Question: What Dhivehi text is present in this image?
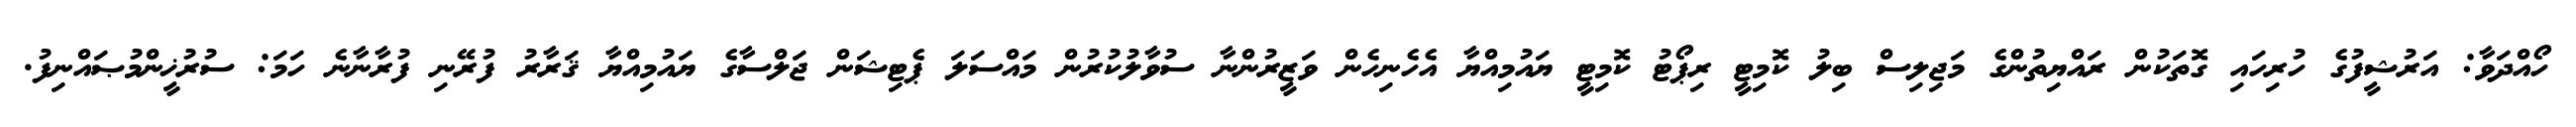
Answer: ހޯއްދަވާ: އަރުޝީފުގެ ހުރިހައި ގޮތަކުން ރައްޔިތުންގެ މަޖިލިސް ބިލު ކޮމިޓީ ރިޕޯޓު ކޮމިޓީ ޔައުމިއްޔާ އެހެނިހެން ވަޒީރުންނާ ސުވާލުކުރުން މައްސަލަ ޕެޓިޝަން ޖަލްސާގެ ޔައުމިއްޔާ ޤަރާރު ފުރޭނި ފުރާނާނެ ހަމަ: ސުރުޚީންމުޞައްނިފު.